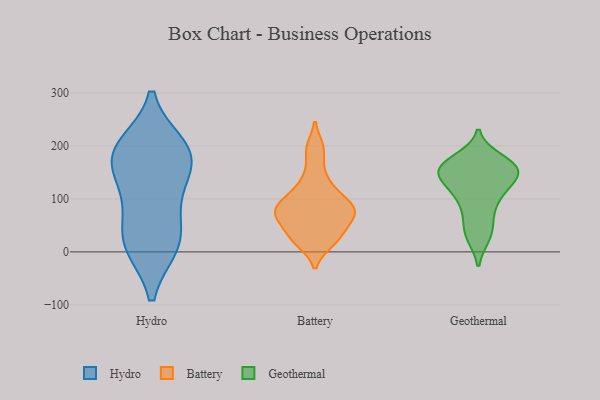
{"axis": {"x": "Temperature (°C)", "y": "Value"}, "legend": ["Battery", "Geothermal", "Hydro"], "data": [{"x": "", "y": 191, "type": "Hydro"}, {"x": "", "y": 192, "type": "Hydro"}, {"x": "", "y": 175, "type": "Hydro"}, {"x": "", "y": 101, "type": "Hydro"}, {"x": "", "y": 14, "type": "Hydro"}, {"x": "", "y": 12, "type": "Hydro"}, {"x": "", "y": 170, "type": "Hydro"}, {"x": "", "y": 200, "type": "Hydro"}, {"x": "", "y": 11, "type": "Hydro"}, {"x": "", "y": 131, "type": "Hydro"}, {"x": "", "y": 55, "type": "Hydro"}, {"x": "", "y": 90, "type": "Battery"}, {"x": "", "y": 112, "type": "Battery"}, {"x": "", "y": 72, "type": "Battery"}, {"x": "", "y": 37, "type": "Battery"}, {"x": "", "y": 67, "type": "Battery"}, {"x": "", "y": 63, "type": "Battery"}, {"x": "", "y": 65, "type": "Battery"}, {"x": "", "y": 148, "type": "Battery"}, {"x": "", "y": 104, "type": "Battery"}, {"x": "", "y": 25, "type": "Battery"}, {"x": "", "y": 129, "type": "Battery"}, {"x": "", "y": 86, "type": "Battery"}, {"x": "", "y": 22, "type": "Battery"}, {"x": "", "y": 27, "type": "Battery"}, {"x": "", "y": 194, "type": "Battery"}, {"x": "", "y": 19, "type": "Battery"}, {"x": "", "y": 81, "type": "Battery"}, {"x": "", "y": 195, "type": "Battery"}, {"x": "", "y": 83, "type": "Battery"}, {"x": "", "y": 72, "type": "Battery"}, {"x": "", "y": 144, "type": "Geothermal"}, {"x": "", "y": 159, "type": "Geothermal"}, {"x": "", "y": 154, "type": "Geothermal"}, {"x": "", "y": 142, "type": "Geothermal"}, {"x": "", "y": 71, "type": "Geothermal"}, {"x": "", "y": 153, "type": "Geothermal"}, {"x": "", "y": 132, "type": "Geothermal"}, {"x": "", "y": 112, "type": "Geothermal"}, {"x": "", "y": 104, "type": "Geothermal"}, {"x": "", "y": 176, "type": "Geothermal"}, {"x": "", "y": 102, "type": "Geothermal"}, {"x": "", "y": 171, "type": "Geothermal"}, {"x": "", "y": 28, "type": "Geothermal"}, {"x": "", "y": 166, "type": "Geothermal"}, {"x": "", "y": 29, "type": "Geothermal"}, {"x": "", "y": 152, "type": "Geothermal"}, {"x": "", "y": 54, "type": "Geothermal"}]}